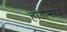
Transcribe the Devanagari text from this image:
हाडांमध्ये